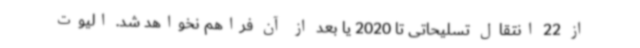
از 22 انتقال تسلیحاتی تا 2020 یا بعد از آن فراهم نخواهد شد. الیوت